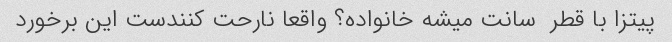
پیتزا با قطر  سانت میشه خانواده؟ واقعا نارحت کنندست این برخورد